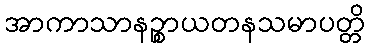
အာကာသာနဉ္စာယတနသမာပတ္တိ